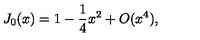
J _ { 0 } ( x ) = 1 - \frac { 1 } { 4 } x ^ { 2 } + O ( x ^ { 4 } ) ,